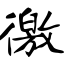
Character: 徼